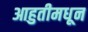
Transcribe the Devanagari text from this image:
आहुतीमधून